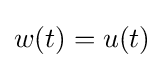
w(t)=u(t)